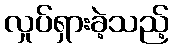
လှုပ်ရှားခဲ့သည့်